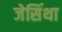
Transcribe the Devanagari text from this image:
जेसिंथा